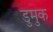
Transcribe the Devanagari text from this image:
डुमुक